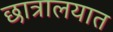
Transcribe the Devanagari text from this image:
छात्रालयात